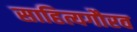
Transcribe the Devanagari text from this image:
साहित्यगौरव